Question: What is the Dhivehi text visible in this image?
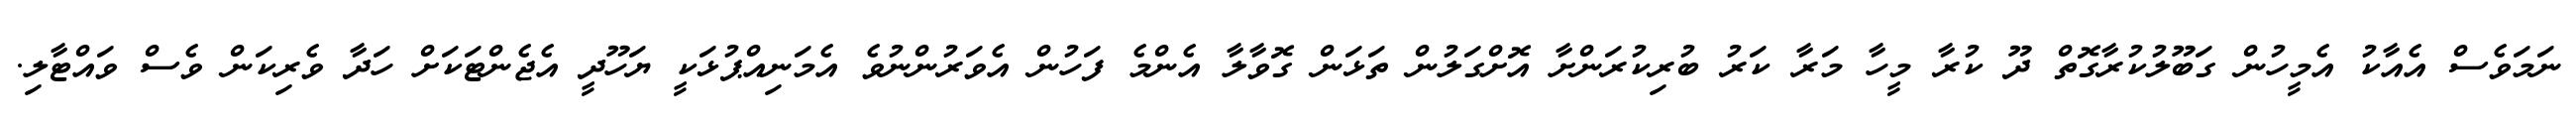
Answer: ނަމަވެސް އެއާކު އެމީހުން ގަބޫލުކުރާގޮތް ދޫ ކުރާ މީހާ މަރާ ކަރު ބުރިކުރަންށާ އޮށްގަލުން ތަޅަން ގޮވާލާ އެންމެ ފަހުން އެވަރުންނުވެ އެމަނިއްޕުޅަކީ ޔަހޫދީ އެޖެންޓަކަށް ހަދާ ވެރިކަން ވެސް ވައްޓާލި.